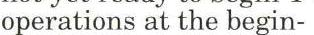
operations at the begin-